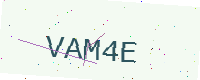
Text: VAM4E